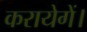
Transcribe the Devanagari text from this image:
करायेगें।